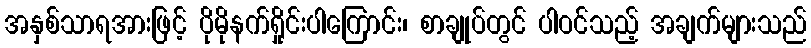
အနှစ်သာရအားဖြင့် ပိုမိုနက်ရှိုင်းပါကြောင်း၊ စာချုပ်တွင် ပါဝင်သည့် အချက်များသည်